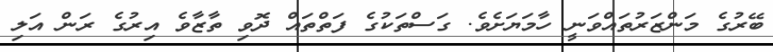
ބޭރުގެ މަންޒަރުތައްވަނީ ހާމަޔަށެވެ. ގަސްތަކުގެ ފަތްތައް ދޮވި ތާޒާވެ އިރުގެ ރަން އަލި